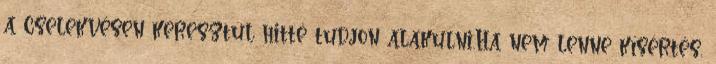
a cselekvésen keresztül hitté tudjon alakulni.Ha nem lenne kísértés,